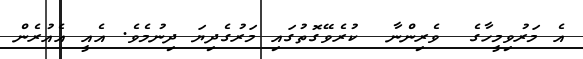
އެ މަރުވިމީހާގެ  ވެރިންނާ  ކުރެވޭގޮތުގައި މަރުގެދިޔަ ދިނުމެވެ. އެއީ އެއުރެން